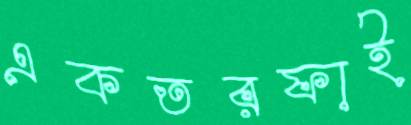
একতরফাই